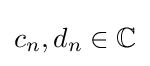
c_{n},d_{n}\in \mathbb {C}